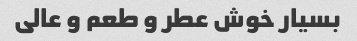
بسیار خوش عطر و طعم و عالی